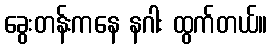
ခွေးတန်းကနေ နဂါး ထွက်တယ်။